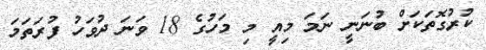
ކުރުގޮތަކަށް ބުނަނީ ނަމަ މިއީ މި މަހުގެ 18 ވަނަ ދުވަހު ފުރަތަމަ